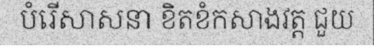
បំរើសាសនា ខិតខំកសាងវត្ត ជួយ